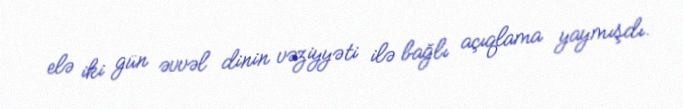
elə iki gün əvvəl dinin vəziyyəti ilə bağlı açıqlama yaymışdı.